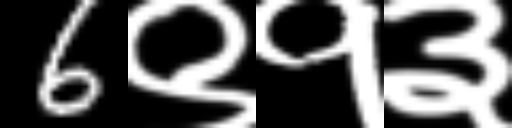
Text: 6९१३